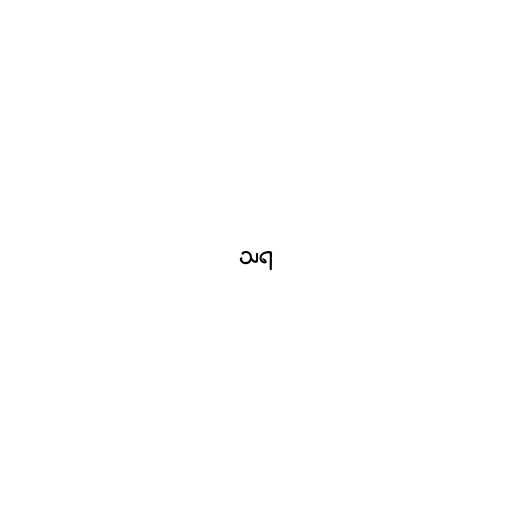
သရ